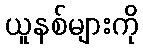
ယူနစ်များကို